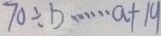
7 0 \div b \cdots a + 1 9